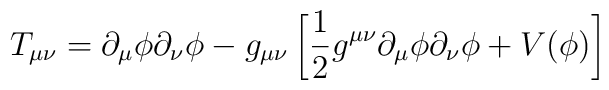
T_{\mu \nu}=\partial_{\mu} \phi \partial_{\nu} \phi-g_{\mu \nu} \left[{1 \over 2}g^{\mu \nu} \partial_{\mu} \phi \partial_{\nu} \phi+V(\phi)\right]